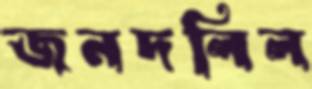
জনদলিল